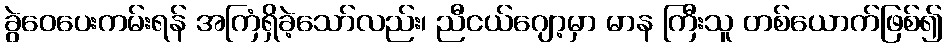
ခွဲဝေပေးကမ်းရန် အကြံရှိခဲ့သော်လည်း၊ ညီငယ်ဂျော့မှာ မာန ကြီးသူ တစ်ယောက်ဖြစ်၍